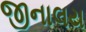
જીનાલય